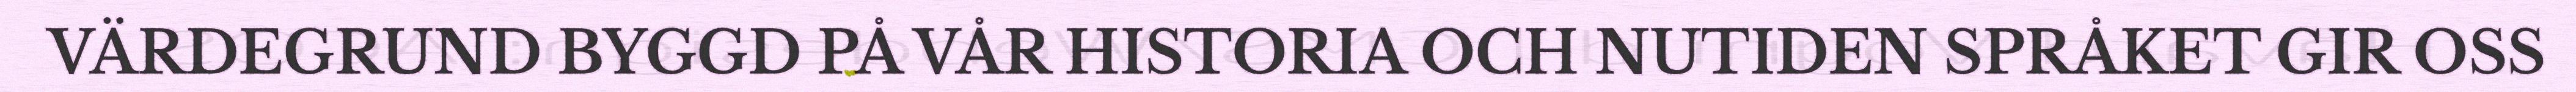
VÄRDEGRUND BYGGD PÅ VÅR HISTORIA OCH NUTIDEN SPRÅKET GIR OSS